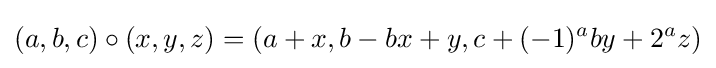
(a,b,c)\circ (x,y,z)=(a+x,b-bx+y,c+(-1)^{a}by+2^{a}z)